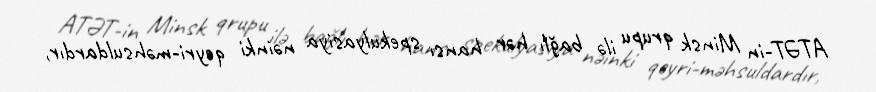
ATƏT-in Minsk qrupu ilə bağlı hər hansı spekulyasiya nəinki qeyri-məhsuldardır,